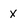
Character: x